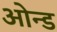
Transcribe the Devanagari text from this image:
ओन्ड